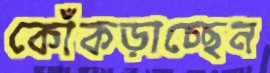
কোঁকড়াচ্ছেন